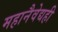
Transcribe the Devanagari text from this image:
महानैवेद्यही